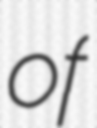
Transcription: of